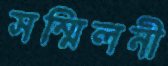
সম্মিলনী